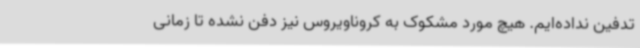
تدفین نداده‌ایم. هیچ مورد مشکوک به کروناویروس نیز دفن نشده تا زمانی